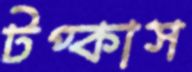
টপ্‌কাস